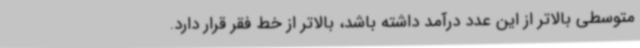
متوسطی بالاتر از این عدد درآمد داشته باشد، بالاتر از خط فقر قرار دارد.